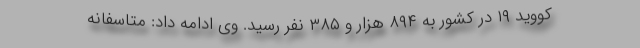
کووید ۱۹ در کشور به ۸۹۴ هزار و ۳۸۵ نفر رسید. وی ادامه داد: متاسفانه